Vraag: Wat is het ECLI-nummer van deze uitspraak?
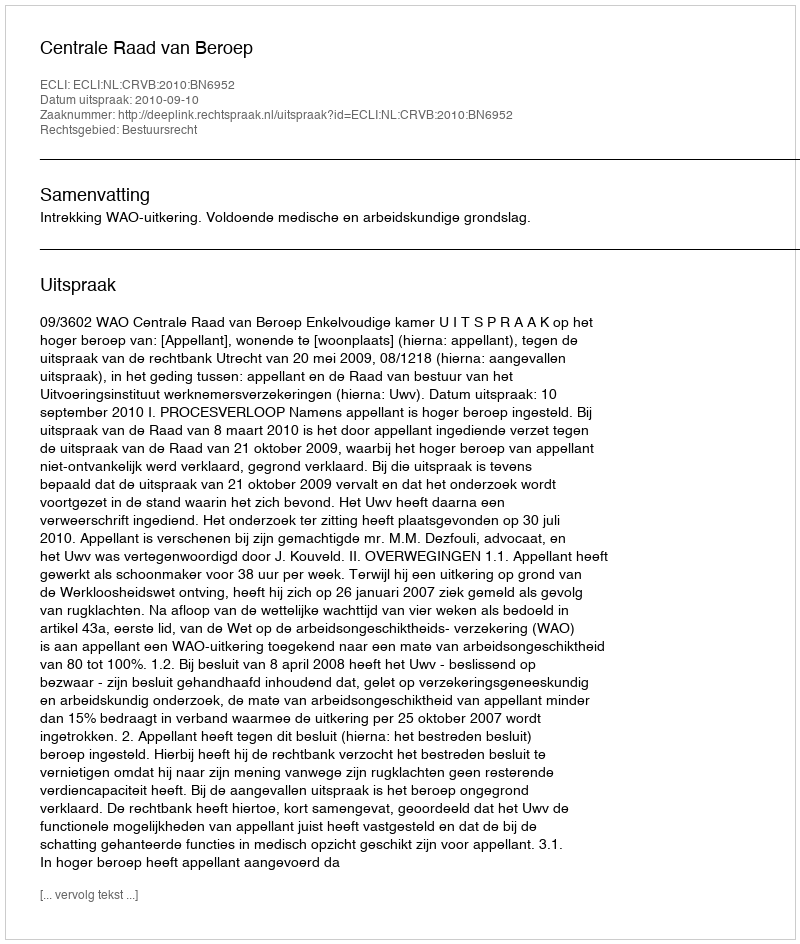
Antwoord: ECLI:NL:CRVB:2010:BN6952